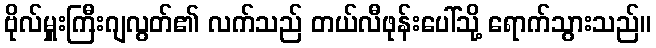
ဗိုလ်မှူးကြီးဂျလွတ်၏ လက်သည် တယ်လီဖုန်းပေါ်သို့ ရောက်သွားသည်။